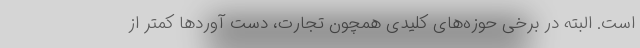
است. البته در برخی حوزه‌های کلیدی همچون تجارت، دست آوردها کمتر از